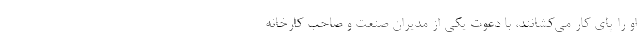
او را پای کار می‌کشانند، با دعوت یکی از مدیران صنعت و صاحب کارخانه